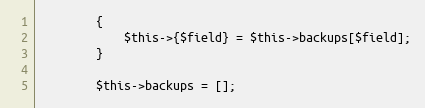
Language: PHP
		{
			$this->{$field} = $this->backups[$field];
		}

		$this->backups = [];